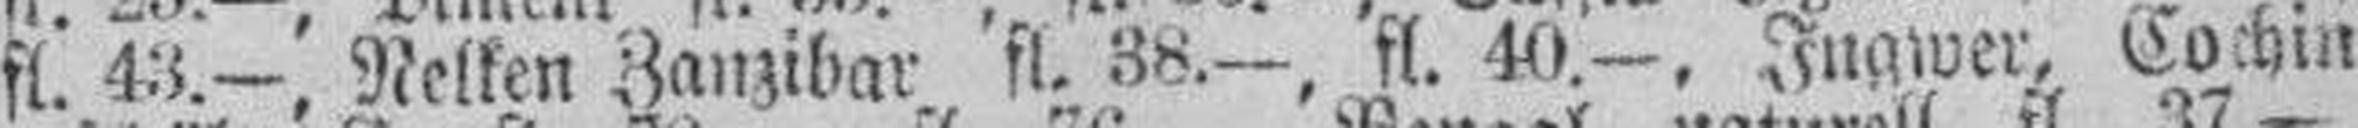
fl. 43.—, Nelken Zanzibar fl. 38.—, fl. 40.—, Ingwer, Cochin